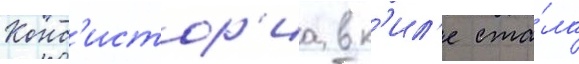
Конс'истор'иа в к'ил'е ста́ла